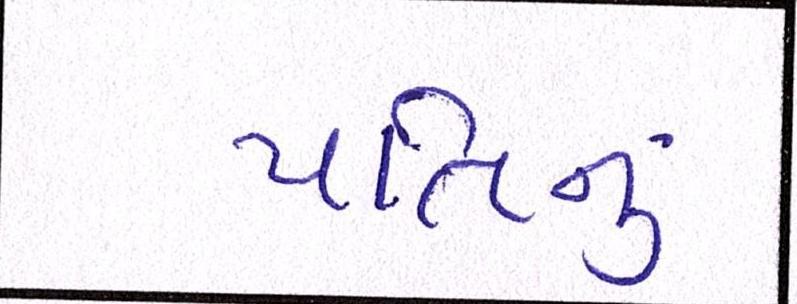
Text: પતિનું